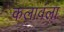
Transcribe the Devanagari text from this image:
कलावंला